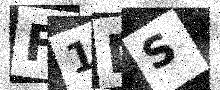
Text: F1MS